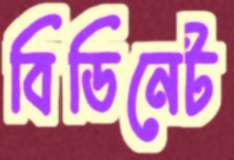
বিডিনেট